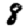
Digit: 8